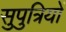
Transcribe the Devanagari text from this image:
सुपुत्रियों